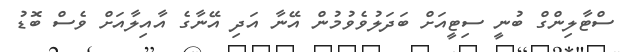
ސްޓާލިންގް ބުނީ ސިޓީއަށް ބަދަލުވެވުމުން އޭނާ އަދި އޭނާގެ އާއިލާއަށް ވެސް ބޮޑު